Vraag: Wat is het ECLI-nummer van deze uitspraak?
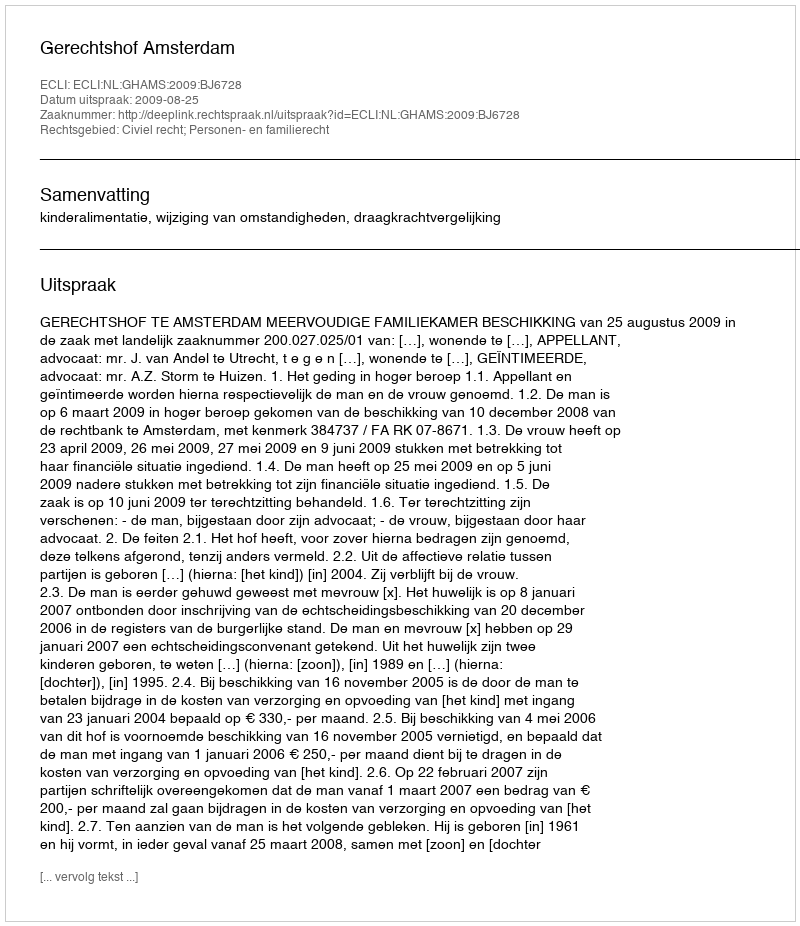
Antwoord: ECLI:NL:GHAMS:2009:BJ6728